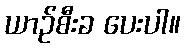
ယာဉ်စီးခ ပေးပါ။